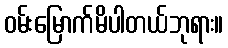
ဝမ်းမြောက်မိပါတယ်ဘုရား။